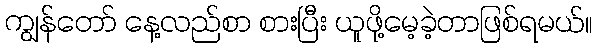
ကျွန်တော် နေ့လည်စာ စားပြီး ယူဖို့မေ့ခဲ့တာဖြစ်ရမယ်။